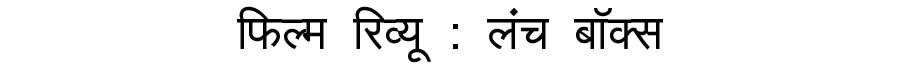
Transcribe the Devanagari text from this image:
फिल्म रिव्यू : लंच बॉक्स